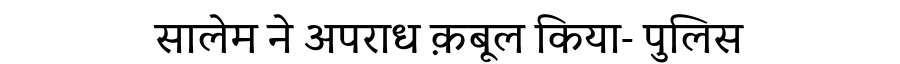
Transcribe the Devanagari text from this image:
सालेम ने अपराध क़बूल किया- पुलिस